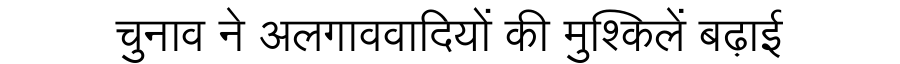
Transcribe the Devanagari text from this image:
चुनाव ने अलगाववादियों की मुश्किलें बढ़ाई